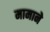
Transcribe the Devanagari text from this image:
मामाने